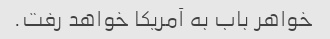
خواهر باب به آمریکا خواهد رفت.